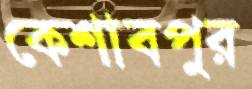
কেশাবপুর